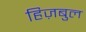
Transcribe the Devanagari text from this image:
हिज़बुल